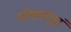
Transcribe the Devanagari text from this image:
घोड्यांपुढं